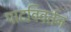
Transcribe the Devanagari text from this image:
पादविवर्तन